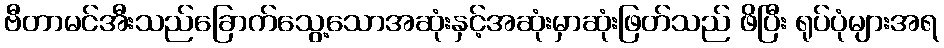
ဗီတာမင်အီးသည်ခြောက်သွေ့သောအဆုံးနှင့်အဆုံးမှာဆုံးဖြတ်သည် ဖိပြီး ရုပ်ပုံများအရ